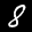
Label: 8